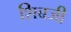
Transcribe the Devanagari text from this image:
शिबजी